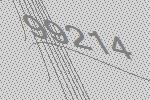
99214